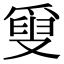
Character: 𤔣